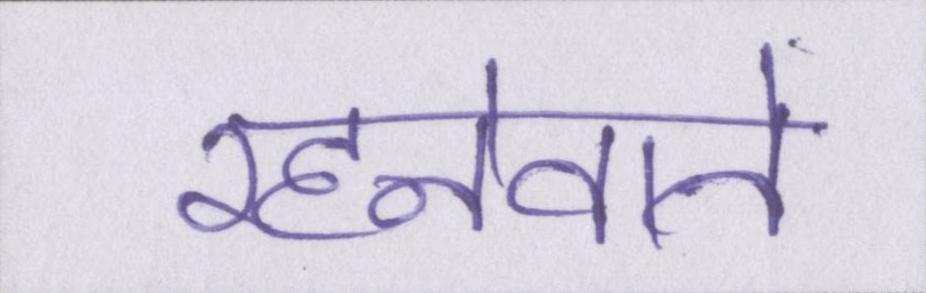
रहनेवाले